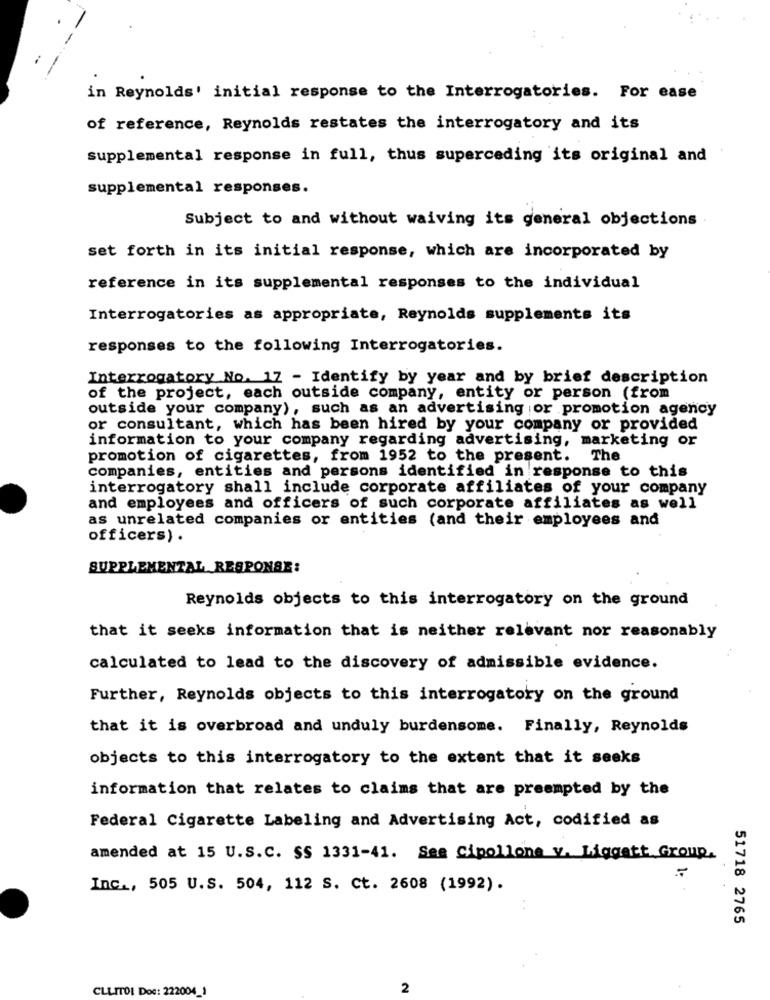
-
in Reynolds' initial response to the Interrogatories. For ease
of reference, Reynolds restates the interrogatory and its
supplemental response in full, thus superceding its original and
supplemental responses.
Subject to and without waiving its general objections
set forth in its initial response, which are incorporated by
reference in its supplemental responses to the individual
Interrogatories as appropriate, Reynolds supplements its
responses to the following Interrogatories.
Interrogatory No. 17 - Identify by year and by brief description
of the project, each outside company, entity or person (from
outside your company), such as an advertising or promotion agency
or consultant, which has been hired by your company or provided
information to your company regarding advertising, marketing or
promotion of cigarettes, from 1952 to the present. The
companies, entities and persons identified in response to this
interrogatory shall include corporate affiliates of your company
and employees and officers of such corporate affiliates as well
as unrelated companies or entities (and their employees and
officers) .
SUPPLEMENTAL RESPONSE:
Reynolds objects to this interrogatory on the ground
that it seeks information that is neither relevant nor reasonably
calculated to lead to the discovery of admissible evidence.
Further, Reynolds objects to this interrogatory on the ground
that it is overbroad and unduly burdensome. Finally, Reynolds
objects to this interrogatory to the extent that it seeks
information that relates to claims that are preempted by the
Federal Cigarette Labeling and Advertising Act, codified as
amended at 15 U.S.c. SS 1331-41. See Cipollone v. Liggatt Group,
-
Inc ., 505 U.S. 504, 112 S. Ct. 2608 (1992).
51718 2765
CLLITOL Doc: 222004_1
2